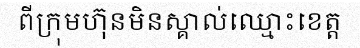
ពីក្រុមហ៊ុនមិនស្គាល់ឈ្មោះខេត្ត